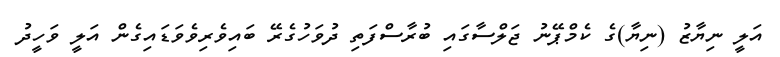
އަލީ ނިޔާޒު (ނިޔާ)ގެ ކެމްޕޭނު ޖަލްސާގައި ބުރާސްފަތި ދުވަހުގެރޭ ބައިވެރިވެވަޑައިގެން އަލީ ވަހީދު